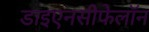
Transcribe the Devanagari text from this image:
डाइएनसीफेलॉन